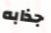
جذابه